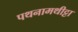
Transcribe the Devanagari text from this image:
पथनामथीट्टा